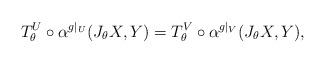
LaTeX: \begin{align*}T_\theta^U\circ\alpha^{g|_U}(J_\theta X,Y)=T_\theta^V\circ\alpha^{g|_V}(J_\theta X,Y),\end{align*}